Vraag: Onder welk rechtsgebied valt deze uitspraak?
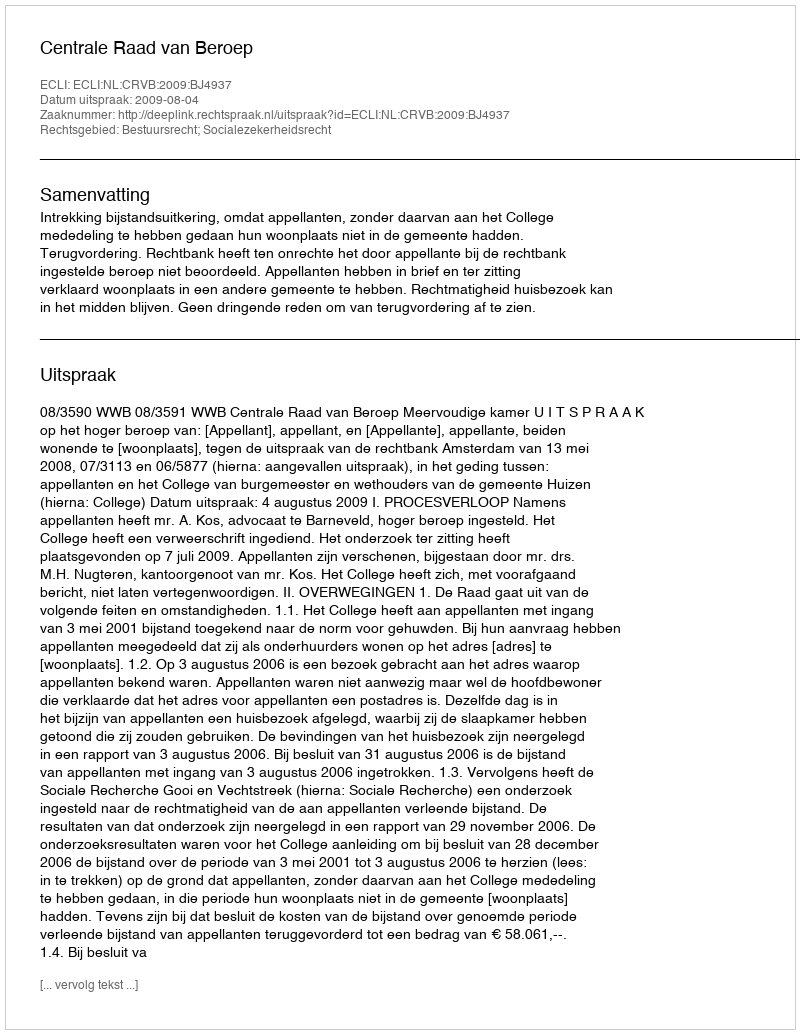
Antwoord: Bestuursrecht; Socialezekerheidsrecht